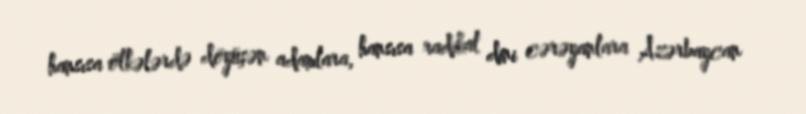
hansısa ölkələrdə döyüşən adamlara, hansısa radikal dini cərəyanlara Azərbaycan